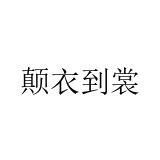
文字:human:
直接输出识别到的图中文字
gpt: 颠衣到裳